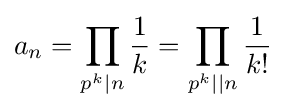
a_{n}=\prod _{p^{k}\mid n}{\frac {1}{k}}=\prod _{p^{k}\mid \mid n}{\frac {1}{k!}}